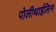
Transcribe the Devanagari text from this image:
पोलीथाईलिन